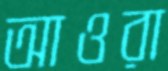
আওরা